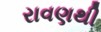
રાવણથી